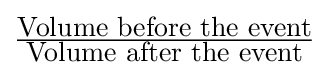
{\tfrac {\hbox{Volume before the event}}{\hbox{Volume after the event}}}